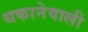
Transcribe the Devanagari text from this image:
थकानेवाली